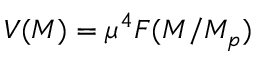
V ( { \cal M } ) = \mu ^ { 4 } { \cal F } ( { \cal M } / M _ { p } )